Scottish Certificate of Education, 1963
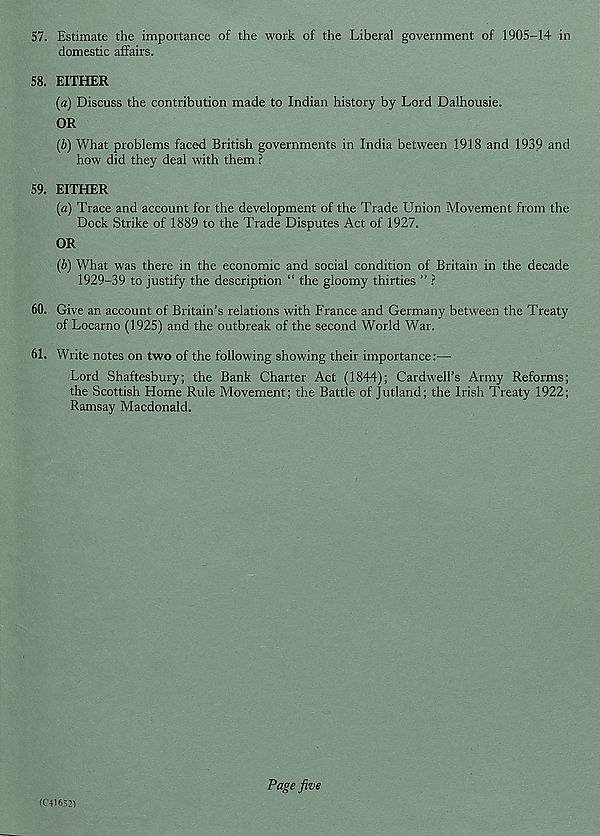
57. Estimate the importance of the work of the Liberal government of 1905-14 in
domestic affairs.
58. EITHER
(a) Discuss the contribution made to Indian history by Lord Dalhousie.
OR
{b) What problems faced British governments in India between 1918 and 1939 and
how did they deal with them ?
59. EITHER
(а) Trace and account for the development of the Trade Union Movement from the
Dock Strike of 1889 to the Trade Disputes Act of 1927.
OR
(б) What was there in the economic and social condition of Britain in the decade
1929-39 to justify the description “ the gloomy thirties ” ?
60. Give an account of Britain’s relations with France and Germany between the Treaty
of Locarno (1925) and the outbreak of the second World War.
61. Write notes on two of the following showing their importance:—
Lord Shaftesbury; the Bank Charter Act (1844); Cardwell’s Army Reforms;
the Scottish Home Rule Movement; the Battle of Jutland; the Irish Treaty 1922;
Ramsay Macdonald.
(C41S521
Page jive